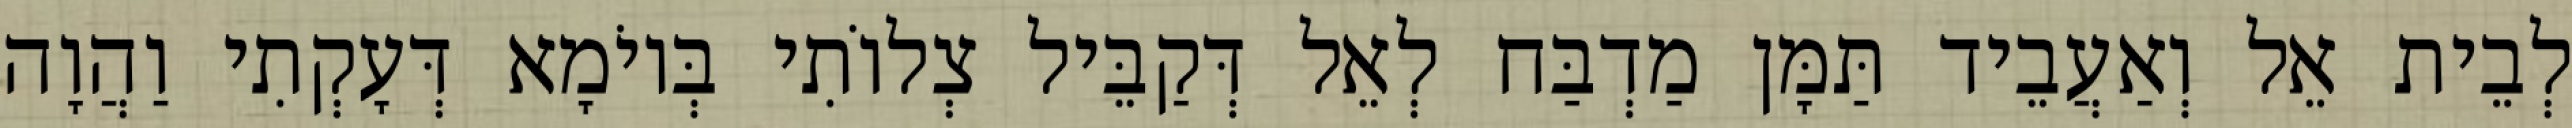
לְבֵית אֵל וְאַעֲבֵיד תַּמָּן מַדְבַּח לְאֵל דְּקַבֵּיל צְלוֹתִי בְּיוֹמָא דְּעָקְתִי וַהֲוָה